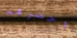
احضرهم